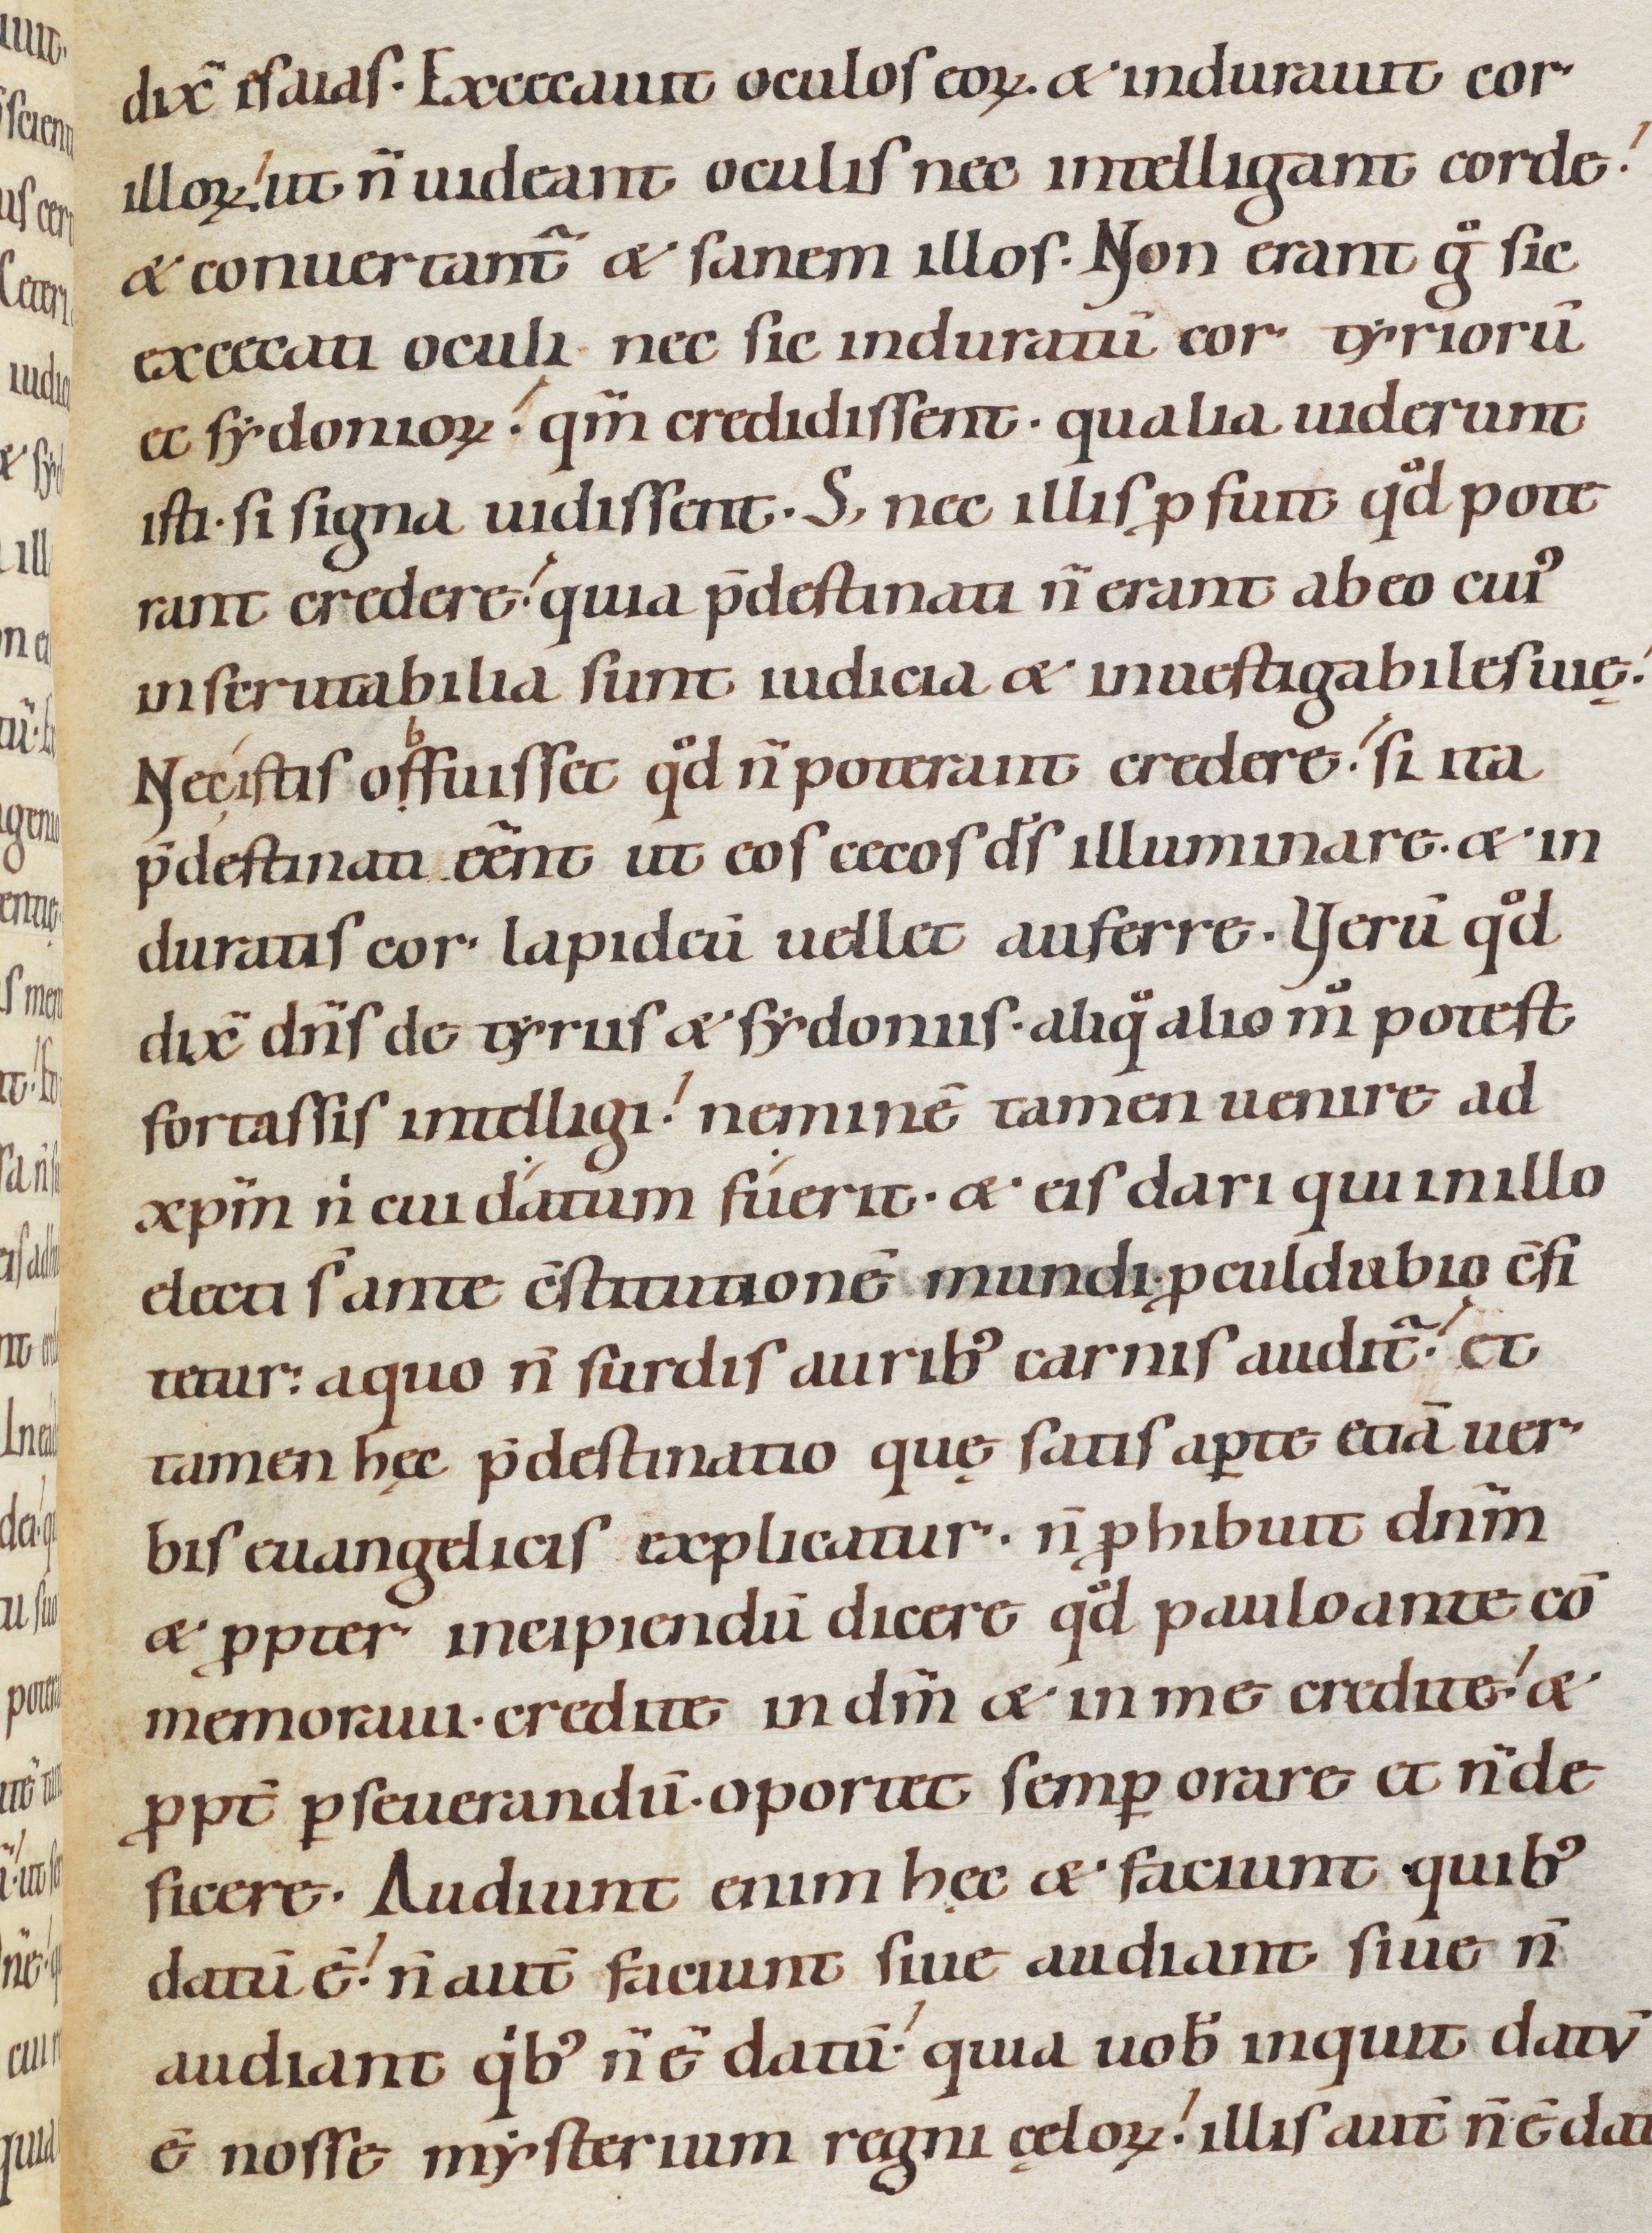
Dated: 1080–1096